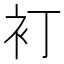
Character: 𲀤